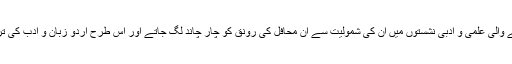
راول پنڈی ا ور اس کے گرد و نواح میں منعقد ہونے والی علمی و ادبی نشستوں میں ان کی شمولیت سے ان محافل کی رونق کو چار چاند لگ جاتے اور اس طرح اردو زبان و ادب کی ترویج و اشاعت کے ایک وقیع سلسلے کا آغاز ہو گیا۔